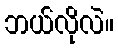
ဘယ်လိုလဲ။